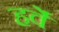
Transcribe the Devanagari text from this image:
हर्वे